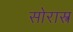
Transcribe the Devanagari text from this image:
सोरास्त्र